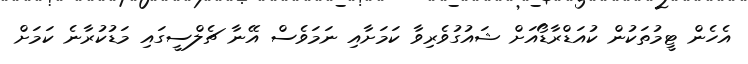
އެހެން ޓީމުތަކުން ކުއަޑްރާޑޯއަށް ޝައުގުވެރިވާ ކަމަށާއި ނަމަވެސް އޭނާ ޗެލްސީގައި މަޑުކުރާނެ ކަމަށް